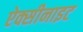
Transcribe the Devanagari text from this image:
ऐक्सीनाइट